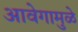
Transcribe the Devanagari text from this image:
आवेगामुळे